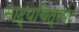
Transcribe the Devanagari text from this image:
नाट्यचित्रपट